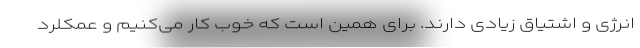
انرژی و اشتیاق زیادی دارند. برای همین است که خوب کار می‌کنیم و عمکلرد